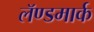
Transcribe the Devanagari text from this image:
लॅण्डमार्क